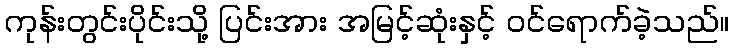
ကုန်းတွင်းပိုင်းသို့ ပြင်းအား အမြင့်ဆုံးနှင့် ဝင်ရောက်ခဲ့သည်။